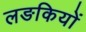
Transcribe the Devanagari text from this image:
लङकियों